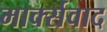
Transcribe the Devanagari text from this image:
मार्क्‍सवाद